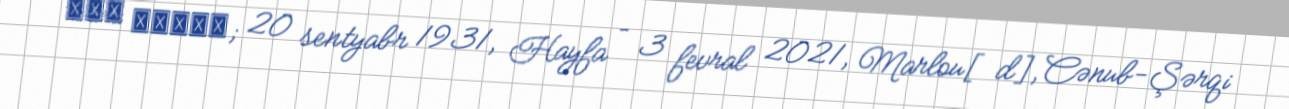
חיה הררית; 20 sentyabr 1931, Hayfa – 3 fevral 2021, Marlou[d], Cənub-Şərqi